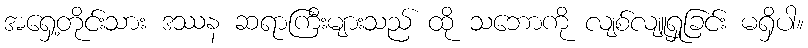
အရှေ့တိုင်းသား ဒဿန ဆရာကြီးများသည် ထို သဘောကို လျစ်လျူရှုခြင်း မရှိပါ။